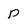
Character: P